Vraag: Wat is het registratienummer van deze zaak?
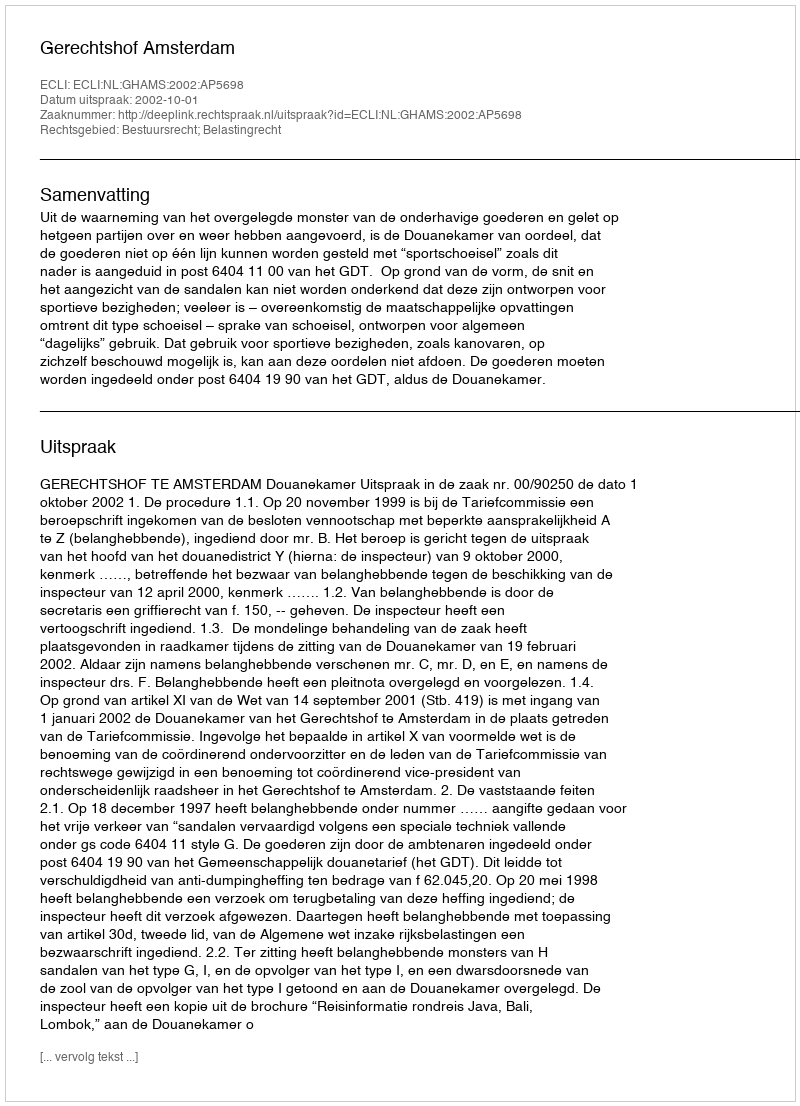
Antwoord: http://deeplink.rechtspraak.nl/uitspraak?id=ECLI:NL:GHAMS:2002:AP5698